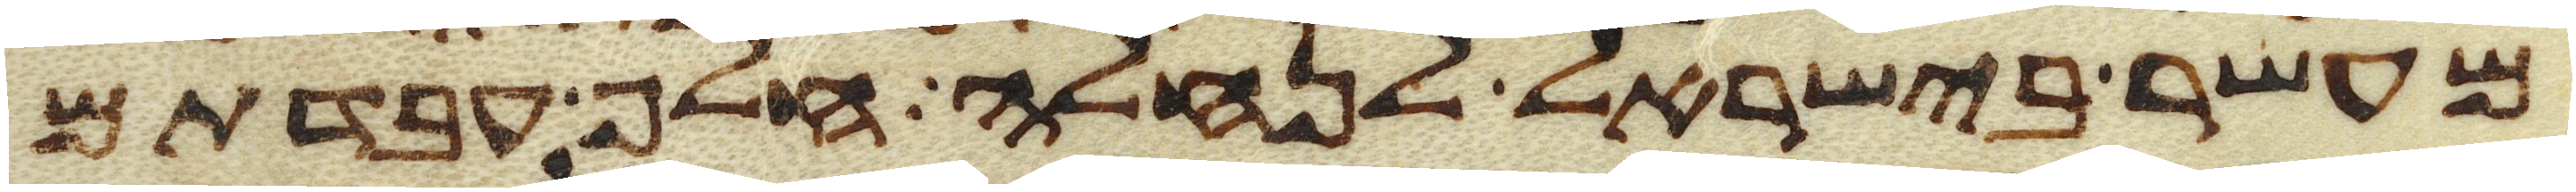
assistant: מעשר בישראל לנחלה חלף עבדתם